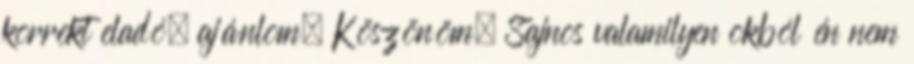
korrekt eladó, ajánlom. Köszönöm. Sajnos valamilyen okból én nem